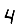
Digit: 4